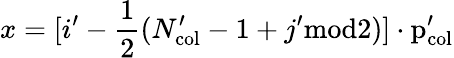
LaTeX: x=[i^{\prime}-\frac{1}{2}(N_{\mathrm{col}}^{\prime}-1+j^{\prime}\mathrm{mod2)]\cdot p_{\mathrm{col}}^{\prime}}